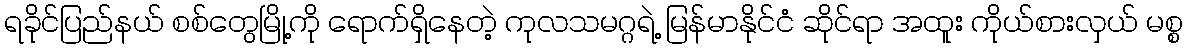
ရခိုင်ပြည်နယ် စစ်တွေမြို့ကို ရောက်ရှိနေတဲ့ ကုလသမဂ္ဂရဲ့ မြန်မာနိုင်ငံ ဆိုင်ရာ အထူး ကိုယ်စားလှယ် မစ္စ